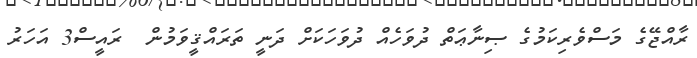
ރާއްޖޭގެ މަސްވެރިކަމުގެ ޞިނާޢަތް ދުވަހެއް ދުވަހަކަށް ދަނީ ތަރައްޤީވަމުން  ރައީސް3 އަހަރު